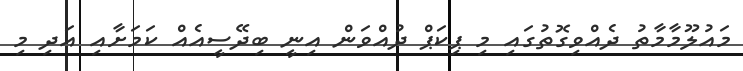
މައުލޫމާމާތު ދެއްވިގޮތުގައި މި ޕިކަޕް ދުއްވަން އިނީ ބިދޭސީއެއް ކަމަށާއި އަދި މި